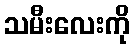
သမီးလေးကို